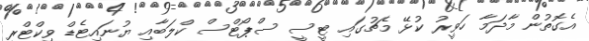
އެގޮތުން މާދަމާ ހަވީރު ކުޅޭ މެޗުގައި ޓީސީ ސްޕޯޓްސް ކްލަބާއި ޔުނައިޓެޑް ވިކްޓްރީ